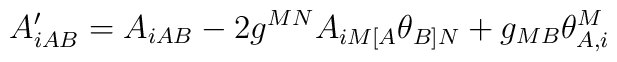
A'_{iAB} =  A_{iAB} -2g^{MN}A_{iM[A}\theta_{B]N} +g_{MB} \theta^{M}_{A,i}